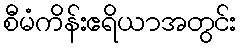
စီမံကိန်းဧရိယာအတွင်း